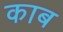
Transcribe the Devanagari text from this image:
काब